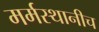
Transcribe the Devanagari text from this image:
मर्मस्थानीच